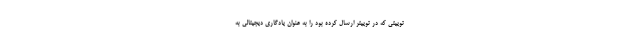
توییتی که در توییتر ارسال کرده بود را به عنوان یادگاری دیجیتالی به